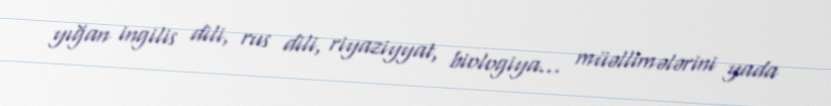
yığan ingilis dili, rus dili, riyaziyyat, biologiya... müəllimələrini yada